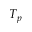
T _ { p }